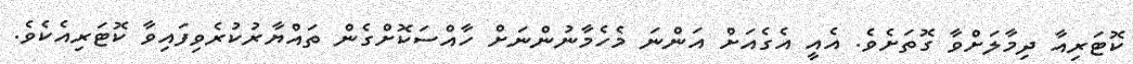
ކޮޓަރިއާ ދިމާލަށްވާ ގޮތަށެވެ. އެއީ އެގެއަށް އަންނަ މެހެމާނުންނަށް ހާއްސަކޮށްގެން ތައްޔާރުކުރެވިފައިވާ ކޮޓަރިއެކެވެ.